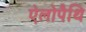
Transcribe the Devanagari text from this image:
ऐलोपैथि